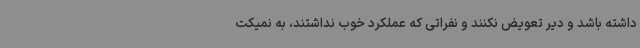
داشته باشد و دیر تعویض نکنند و نفراتی که عملکرد خوب نداشتند، به نمیکت